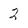
Character: 2